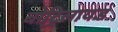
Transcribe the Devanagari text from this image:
बोट्रिलायड